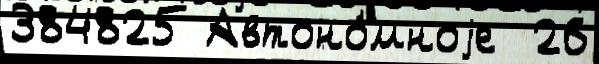
384825 Автоно́мноjе  26